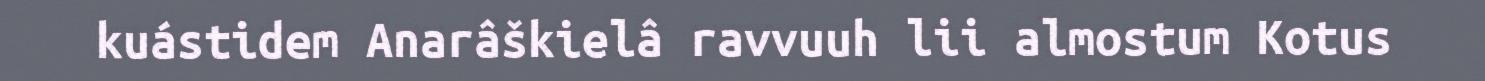
kuástidem Anarâškielâ ravvuuh lii almostum Kotus